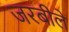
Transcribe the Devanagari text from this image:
जरबीले